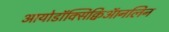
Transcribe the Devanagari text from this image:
आयोडॉक्सिक्विऑनलिन